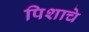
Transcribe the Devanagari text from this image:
पिशाचे